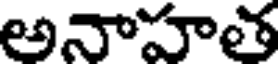
అనాహత